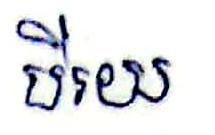
បីរយ